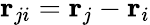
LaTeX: {\mathbf r}_{ji}={\mathbf r}_{j}-{\mathbf r}_{i}